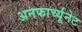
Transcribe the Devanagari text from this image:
अनफार्च्यूनेट